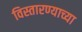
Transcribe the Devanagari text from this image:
विस्तारण्याच्या